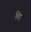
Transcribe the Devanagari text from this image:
बिड्